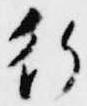
行